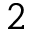
2